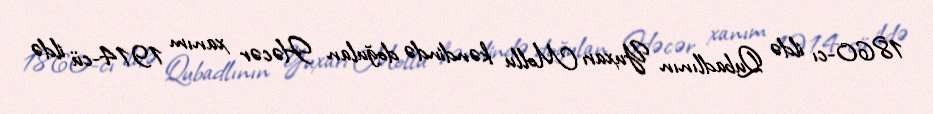
1860-cı ildə Qubadlının Yuxarı Mollu kəndində doğulan Həcər xanım 1914-cü ildə